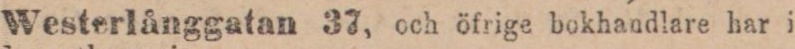
Westerlånggatan 37, och öfrige bokhandlare har i